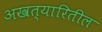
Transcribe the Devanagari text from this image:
अखत्यारितील